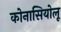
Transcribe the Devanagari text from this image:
कोनासियोलू